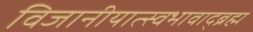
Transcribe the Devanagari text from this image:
विजानीयात्स्वभावाद्ब्रह्म